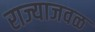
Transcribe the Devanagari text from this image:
राज्याजवळ